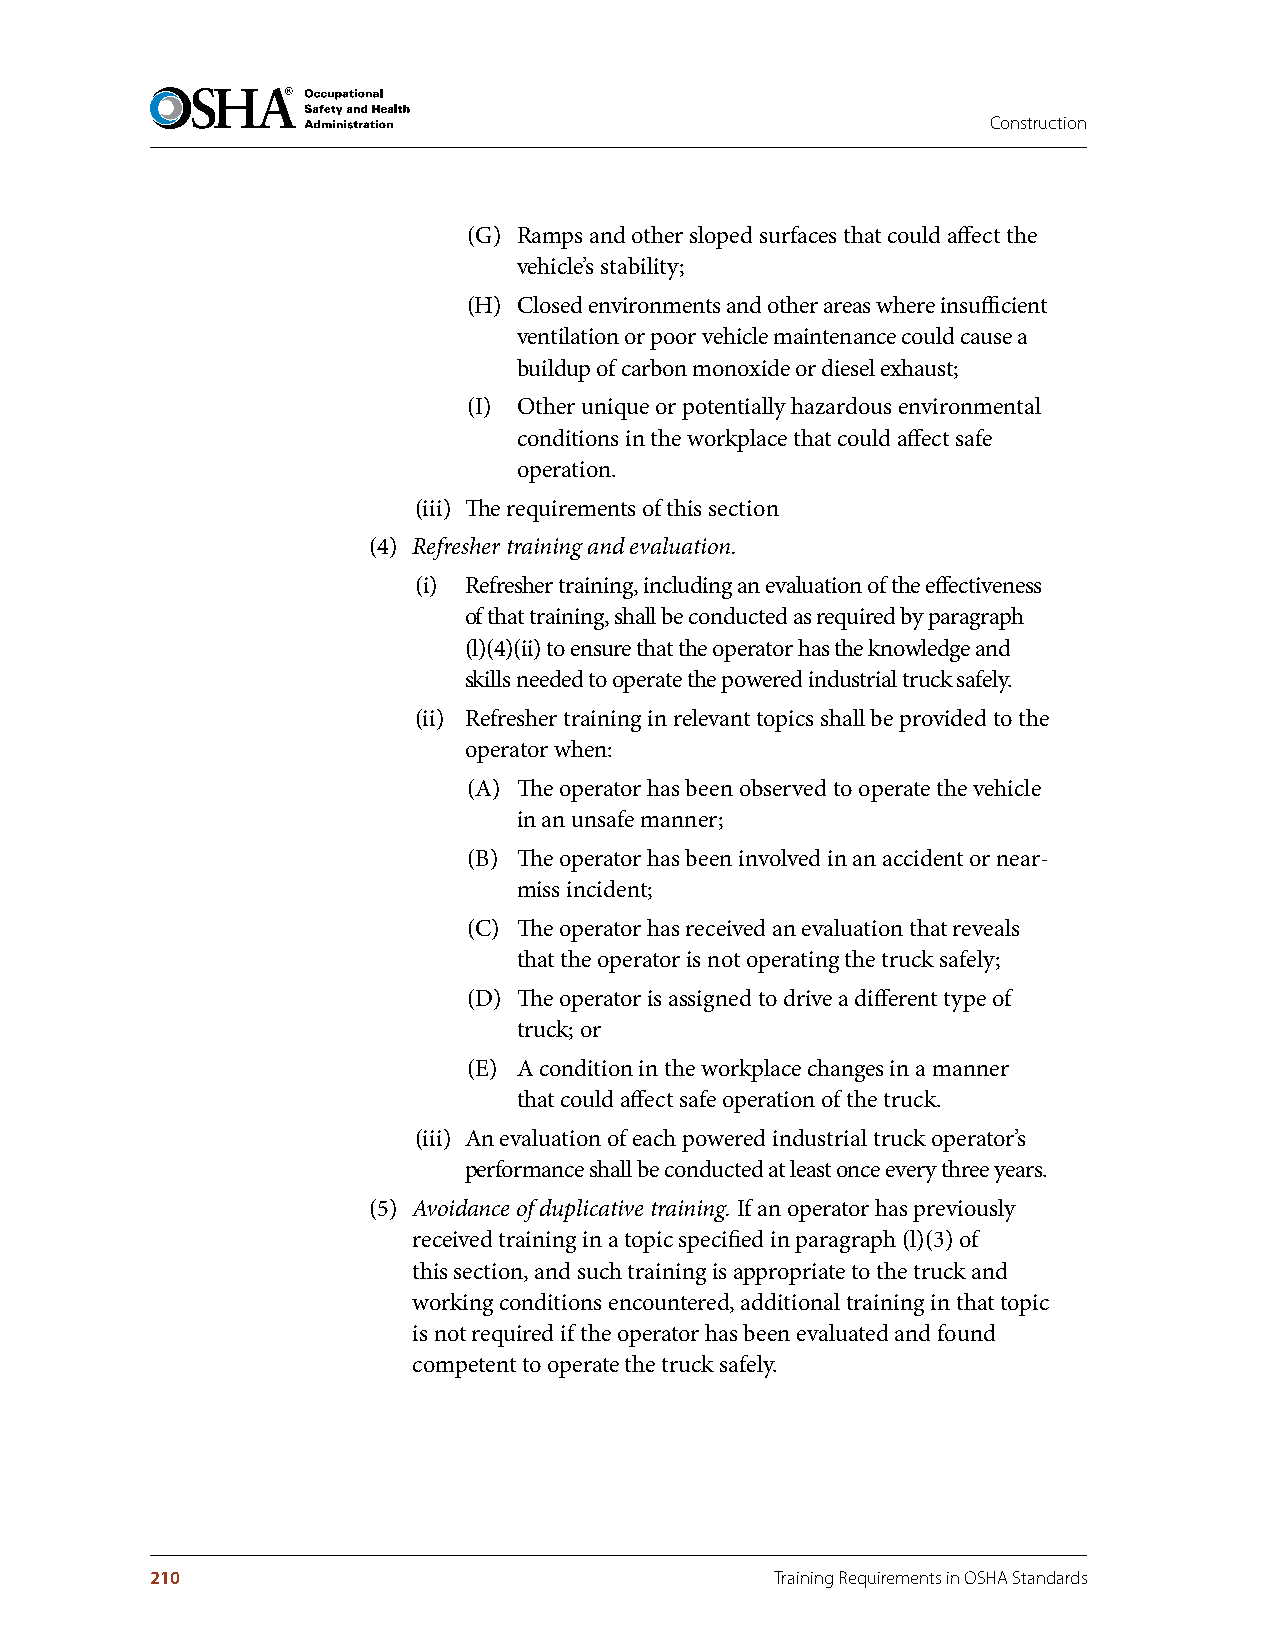
Construction
 (G) Ramps and other sloped surfaces that could affect the
 vehicle’s stability;
 (H) Closed environments and other areas where insufficient
 ventilation or poor vehicle maintenance could cause a
 buildup of carbon monoxide or diesel exhaust;
 (I) Other unique or potentially hazardous environmental
 conditions in the workplace that could affect safe
 operation.
 (iii) The requirements of this section
 (4) Refresher training and evaluation.
 (i) Refresher training, including an evaluation of the effectiveness
 of that training, shall be conducted as required by paragraph
 (l)(4)(ii) to ensure that the operator has the knowledge and
 skills needed to operate the powered industrial truck safely.
 (ii) Refresher training in relevant topics shall be provided to the
 operator when:
 (A) The operator has been observed to operate the vehicle
 in an unsafe manner;
 (B) The operator has been involved in an accident or near-
 miss incident;
 (C) The operator has received an evaluation that reveals
 that the operator is not operating the truck safely;
 (D) The operator is assigned to drive a different type of
 truck; or
 (E) A condition in the workplace changes in a manner
 that could affect safe operation of the truck.
 (iii) An evaluation of each powered industrial truck operator’s
 performance shall be conducted at least once every three years.
 (5) Avoidance of duplicative training. If an operator has previously
 received training in a topic specified in paragraph (l)(3) of
 this section, and such training is appropriate to the truck and
 working conditions encountered, additional training in that topic
 is not required if the operator has been evaluated and found
 competent to operate the truck safely.
 210                                      Training Requirements in OSHA Standards